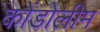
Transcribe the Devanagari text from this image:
कोंडोलीम